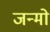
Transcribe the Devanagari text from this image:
जन्मो